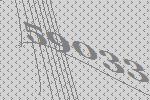
59033